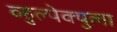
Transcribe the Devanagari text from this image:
व्हुल्पेक्युला